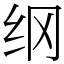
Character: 纲